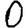
Digit: 0